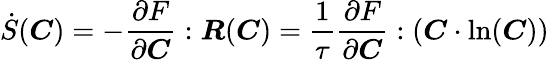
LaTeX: \dot{S}(\boldsymbol{C})=-\frac{\partial F}{\partial\boldsymbol{C}}:\boldsymbol{R}(\boldsymbol{C})=\frac{1}{\tau}\frac{\partial F}{\partial\boldsymbol{C}}:(\boldsymbol{C}\cdot\ln(\boldsymbol{C}))